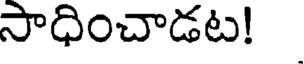
సాధించాడట!